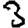
Digit: 3